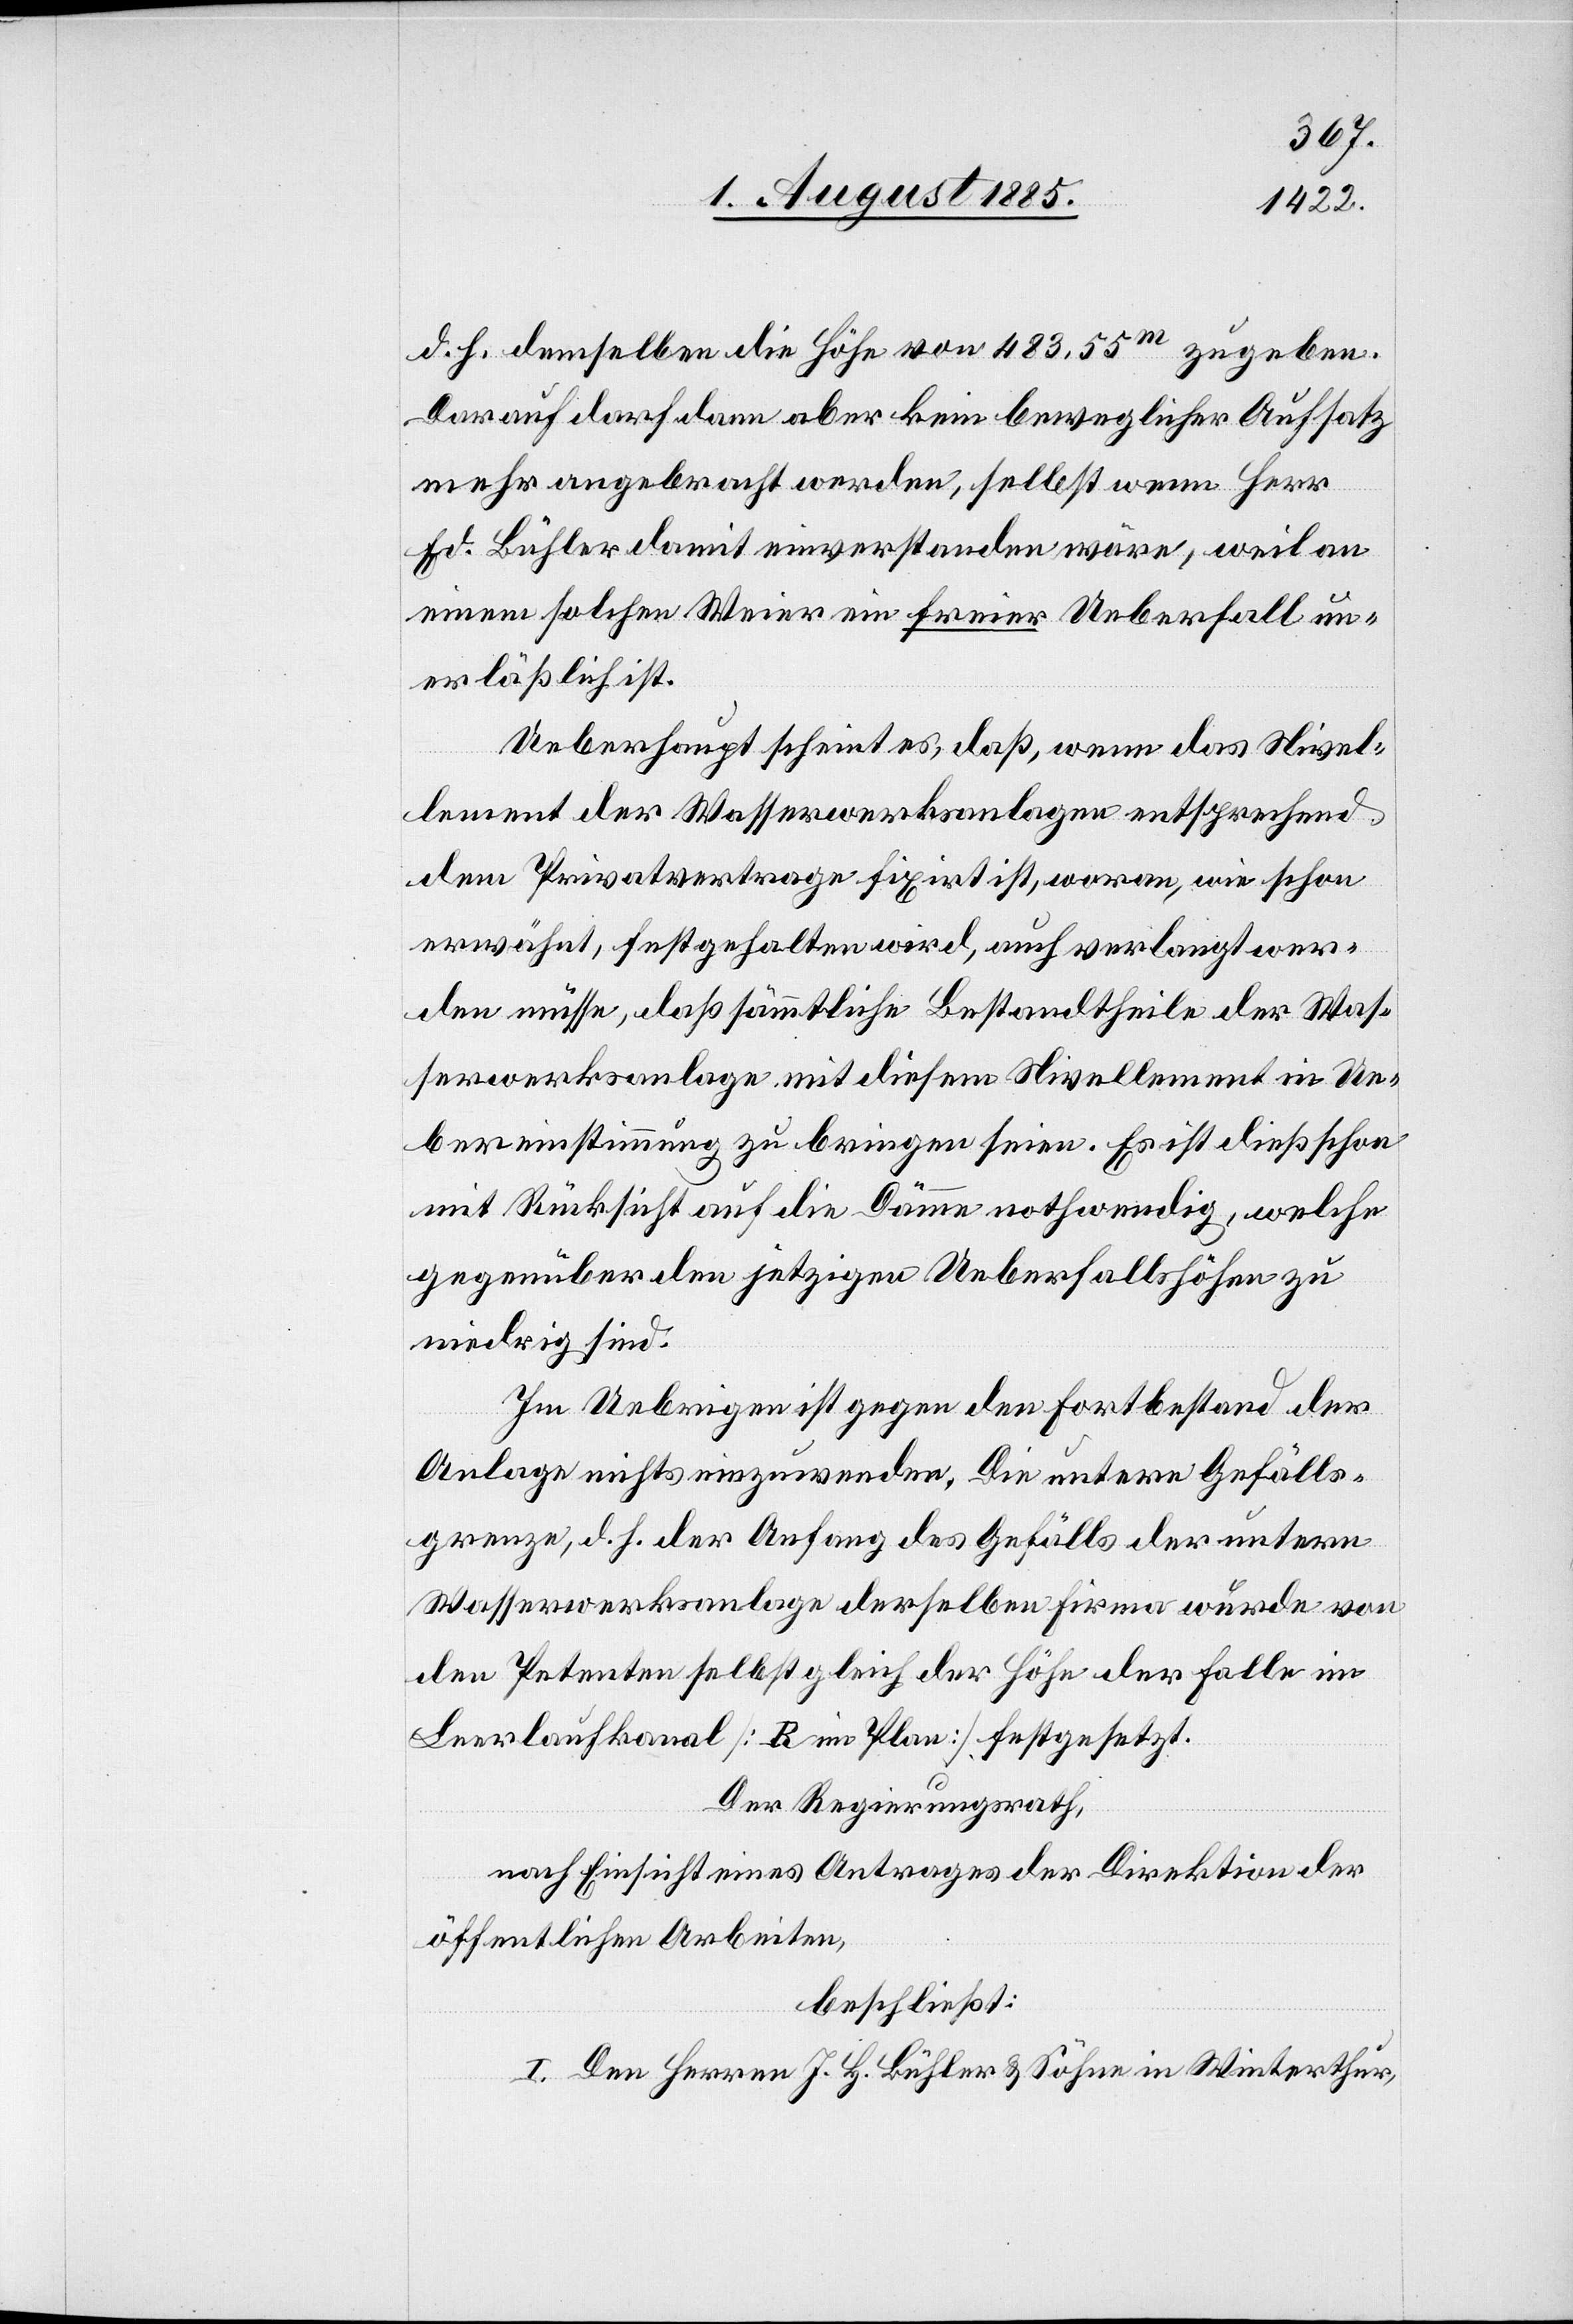
d. h. demselben die Höhe von 483.55m zu geben.
Darauf darf dann aber kein beweglicher Aufsatz
mehr angebracht werden, selbst wenn Herr
Ed. Bühler damit einverstanden wäre, weil an
einem solchen Weier ein freier Ueberfall un¬
erläßlich ist.
Ueberhaupt scheint es, daß, wenn das Nivel¬
lement der Wasserwerksanlagen entsprechend
dem Privatvertrage fixirt ist, woran, wie schon
erwähnt, festgehalten wird, auch verlangt wer¬
den müsse, daß sämmtliche Bestandtheile der Was¬
serwerksanalage mit diesem Nivellement in Ue¬
bereinstimmung zu bringen seien. Es ist dieß schon
mit Rücksicht auf die Dämme nothwendig, welche
gegenüber den jetzigen Ueberfallshöhen zu
niedrig sind.
Im Uebrigen ist gegen den Fortbestand der
Anlage nichts einzuwenden. Die untern Gefälls¬
grenzen, d. h. der Anfang des Gefälls der untern
Wasserwerksanlage derselben Firma wurde von
den Petenten selbst gleich der Höhe der Falle im
Leerlaufkanal [B im Plan] festgesetzt.
Der Regierungsrath,
nach Einsicht eines Antrages der Direktion der
öffentlichen Arbeiten,
beschließt:
I. Den Herren J. H. Bühler & Söhne in Winterthur,